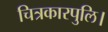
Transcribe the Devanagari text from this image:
चित्रकारपुलि।